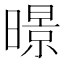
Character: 暻